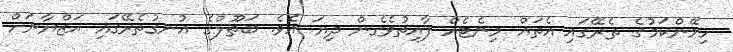
ހިމޭންކަމުގެ ތެރޭގައި އެތައް މިނެޓެއް ފާއިތުވެގެން ދިޔަ އެވެ. ބަތޫލްގެ އުނގުތެރޭގައި އަޒްޔާނަށް